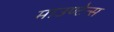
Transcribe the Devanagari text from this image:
माउण्टेन्स